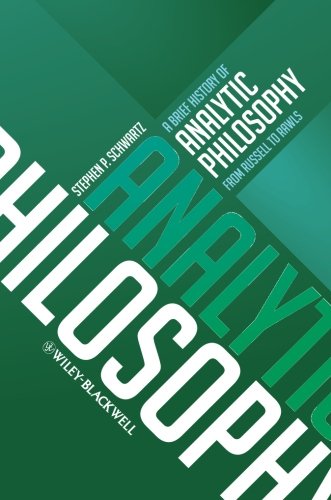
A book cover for A Brief History of Analytic Philosophy: From Russell to Rawls; Stephen P. Schwartz; Politics & Social Sciences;